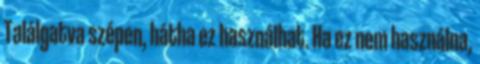
Találgatva szépen, hátha ez használhat. Ha ez nem használna,